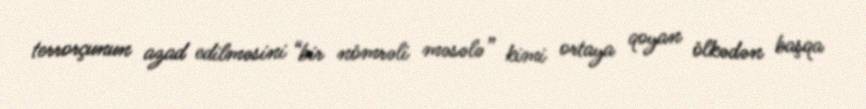
terrorçunun azad edilməsini “bir nömrəli məsələ” kimi ortaya qoyan ölkədən başqa